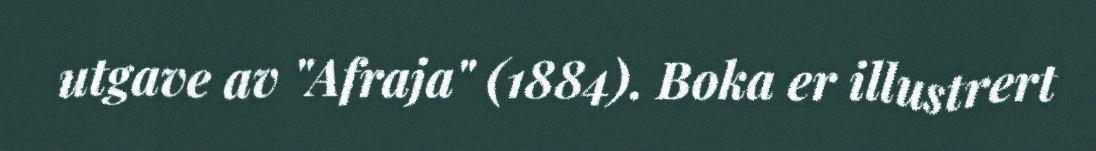
utgave av "Afraja" (1884). Boka er illustrert